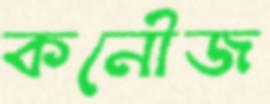
কনৌজ